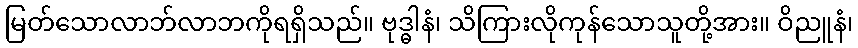
မြတ်သောလာဘ်လာဘကိုရရှိသည်။ ဗုဒ္ဓါနံ၊ သိကြားလိုကုန်သောသူတို့အား။ ဝိညူနံ၊